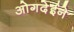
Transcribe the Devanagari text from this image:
ओगदेईने